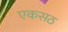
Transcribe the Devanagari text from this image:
एकसठ